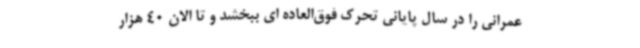
عمرانی را در سال پایانی تحرک فوق‌العاده ای ببخشد و تا الان 40 هزار